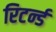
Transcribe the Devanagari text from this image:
रिटर्न्ड